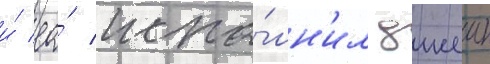
и́ ео́ испо́лн'ил джеик